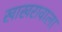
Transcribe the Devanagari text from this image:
खाखरावाला